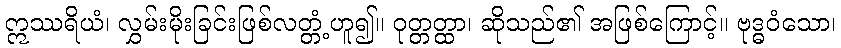
ဣဿရိယံ၊ လွှမ်းမိုးခြင်းဖြစ်လတ္တံ့ဟူ၍။ ဝုတ္တတ္ထာ၊ ဆိုသည်၏ အဖြစ်ကြောင့်။ ဗုဒ္ဓဝံသော၊